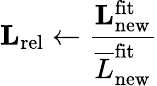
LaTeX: \mathbf{L}_{\mathrm{rel}}\leftarrow\frac{\mathbf{L}_{\mathrm{new}}^{\mathrm{fit}}}{\overline{{L}}_{\mathrm{new}}^{\mathrm{fit}}}